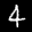
Label: 4